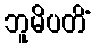
ဘူမိပတိံ